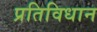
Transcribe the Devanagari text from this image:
प्रतिविधान